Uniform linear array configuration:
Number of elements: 64
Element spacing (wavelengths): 1
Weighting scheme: kaiser
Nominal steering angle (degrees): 30
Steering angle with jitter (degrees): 31.561
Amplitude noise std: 0.05
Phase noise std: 0.05

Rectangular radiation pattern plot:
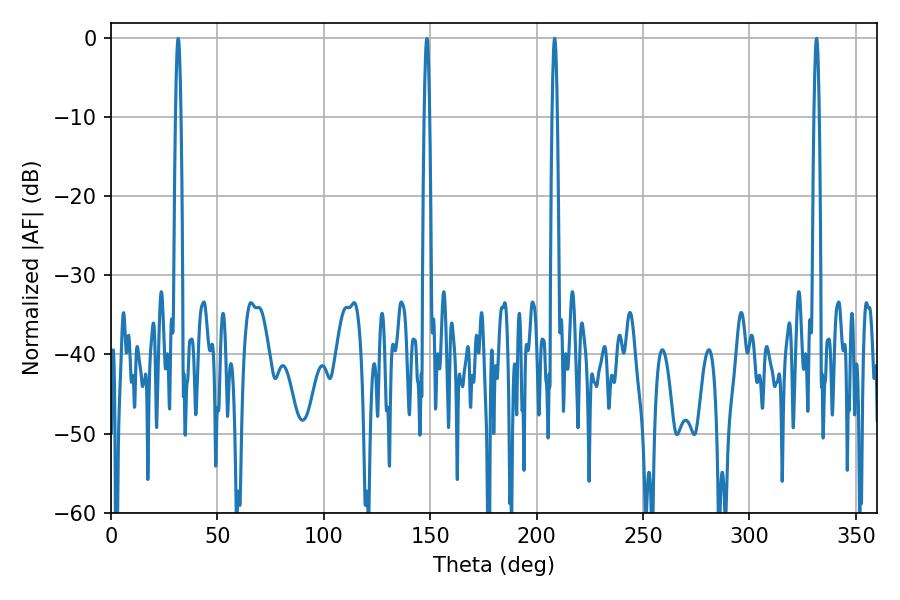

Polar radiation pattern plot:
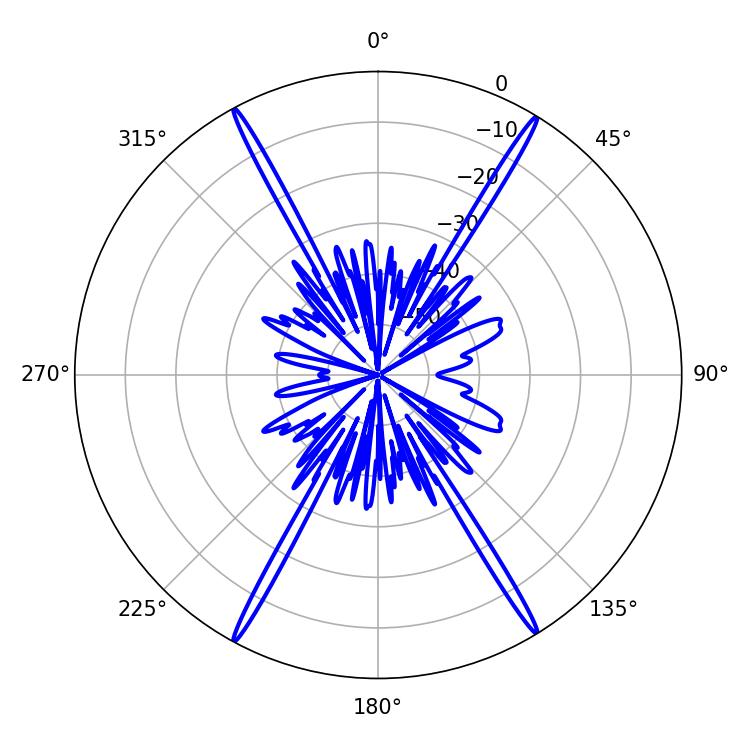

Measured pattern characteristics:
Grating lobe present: TRUE
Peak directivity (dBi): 27.596
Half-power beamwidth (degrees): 1.26
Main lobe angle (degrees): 208.44